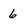
Character: 6